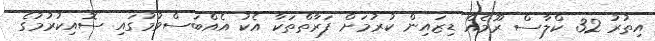
އިތުރު 32 ކްލާސް ރޫމެއް ޑިޒައިން ކުރުމަށް ފަރާތްތަކާ އެކު އެއްބަސްވުމުގައި ސޮއިކުރުމުގެ